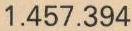
1.457.394